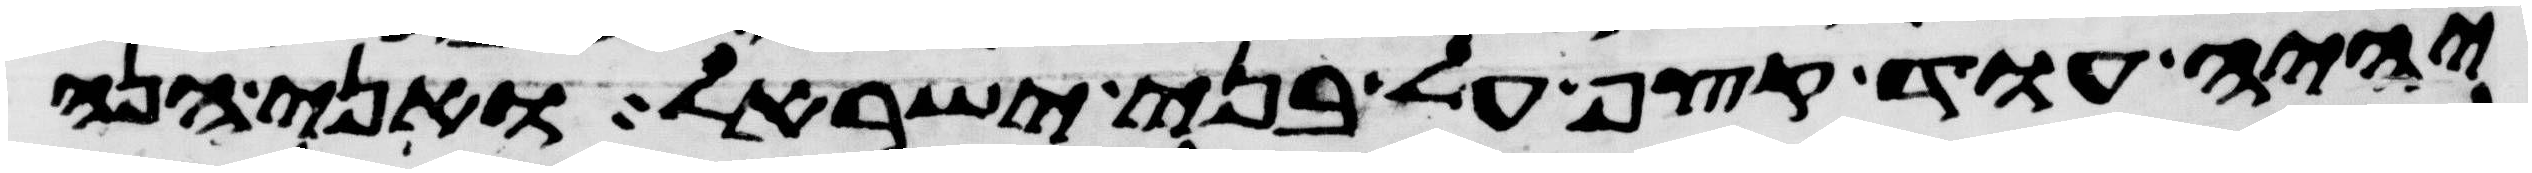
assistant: יהיה עוד קצף על בני ישראל ואני הנה